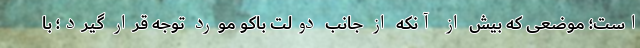
است؛ موضعی که بیش از آنکه از جانب دولت باکو مورد توجه قرار گیرد؛ با